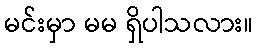
မင်းမှာ မမ ရှိပါသလား။